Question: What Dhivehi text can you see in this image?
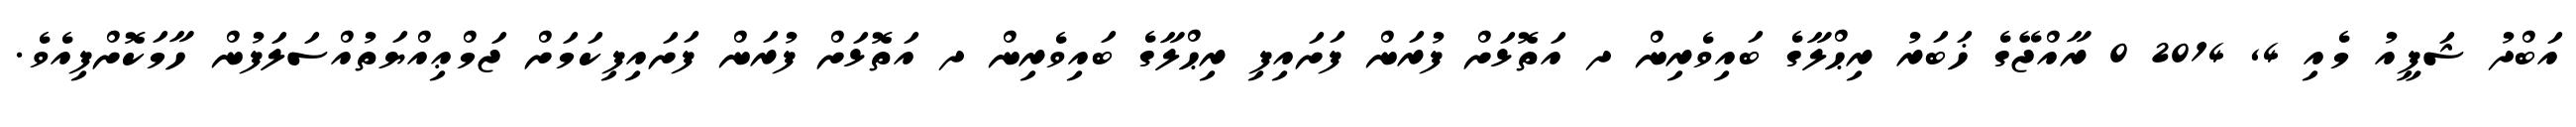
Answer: އަބްދު ޝަފީއު މެއި 4, 2014 0 ރާއްޖޭގެ ޚަބަރު ރިޙްލާގެ ބައިވެރިން ދ އަތޮޅަށް ފުރަން ފަށައިފި ރިޙްލާގެ ބައިވެރިން ދ އަތޮޅަށް ފުރަން ފަށައިފިކަމަށް ޖަމްޢިއްޔަތުއްސަލަފުން ހާމަކޮށްފިއެވެ.